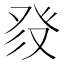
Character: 𱱶